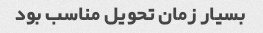
بسیار زمان تحویل مناسب بود